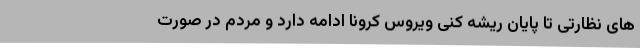
های نظارتی تا پایان ریشه کنی ویروس کرونا ادامه دارد و مردم در صورت